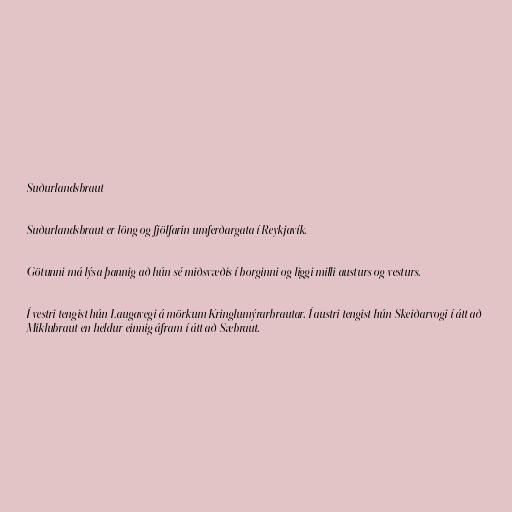
Suðurlandsbraut

Suðurlandsbraut er löng og fjölfarin umferðargata í Reykjavík.

Götunni má lýsa þannig að hún sé miðsvæðis í borginni og liggi milli austurs og vesturs.

Í vestri tengist hún Laugavegi á mörkum Kringlumýrarbrautar. Í austri tengist hún Skeiðarvogi í átt að
Miklubraut en heldur einnig áfram í átt að Sæbraut.